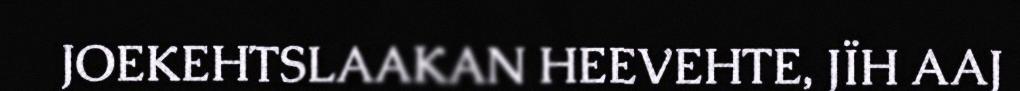
JOEKEHTSLAAKAN HEEVEHTE, JÏH AAJ